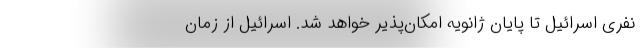
نفری اسرائیل تا پایان ژانویه امکان‌پذیر خواهد شد. اسرائیل از زمان